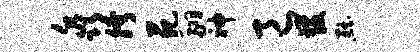
淼胯苑翮神邑发黜